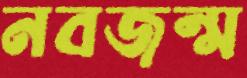
নবজন্ম